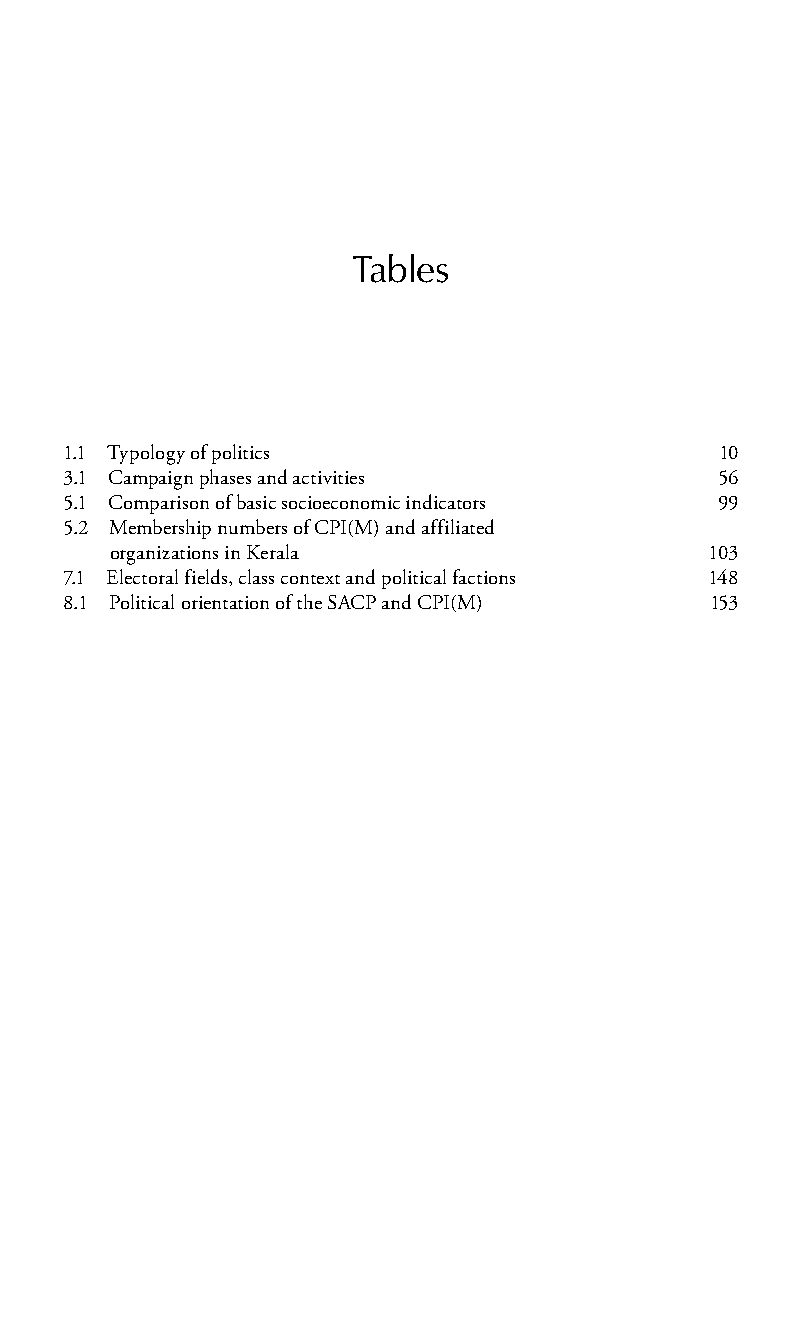
Tables
 1.1 Typology of politics                10
 3.1 Campaign phases and activities      56
 5.1 Comparison of basic socioeconomic indicators 99
 5.2 Membership numbers of CPI(M) and affiliated
 organizations in Kerala                103
 7.1 Electoral fields, class context and political factions 148
 8.1 Political orientation of the SACP and CPI(M) 153
 99778800223300660066440011ttss0011..iinndddd iixx 33//2277//22000088 33::0000::0066 PPMM